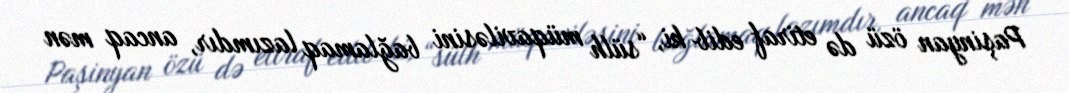
Paşinyan özü də etiraf edib ki, “sülh müqaviləsini bağlamaq lazımdır, ancaq mən